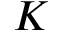
K